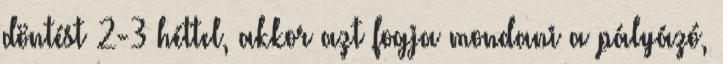
döntést 2-3 héttel, akkor azt fogja mondani a pályázó,